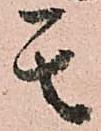
其